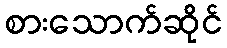
စားသောက်ဆိုင်